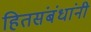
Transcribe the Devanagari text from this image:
हितसंबंधांनी